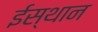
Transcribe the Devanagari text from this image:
ईस्थान